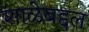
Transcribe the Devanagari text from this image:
शाळेबद्दल